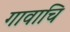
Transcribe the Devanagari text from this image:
गावाचि